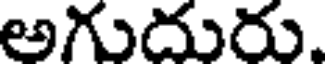
అగుదురు.